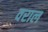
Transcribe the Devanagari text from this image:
वराल